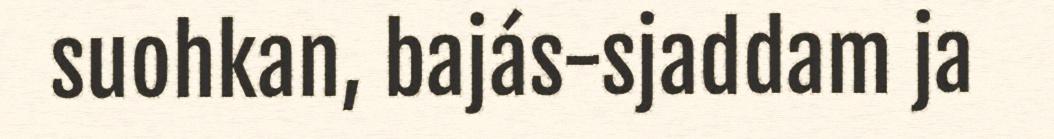
suohkan, bajás-sjaddam ja